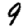
Digit: 9